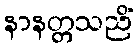
နာနတ္တသညိံ